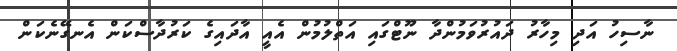
ނާސިހު އަދި މިހާރު ދައުރުވަމުންދާ ނޫޓްގައި އަތްލުމުން އެއީ އާދައިގެ ކަރުދާސްކަން އެނގޭނެކަން